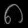
Digit: ၈